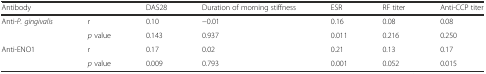
<table><thead><tr><td><b>Antibody</b></td><td></td><td><b>DAS28</b></td><td><b>Duration of morning stiffness</b></td><td><b>ESR</b></td><td><b>RF titer</b></td><td><b>Anti-CCP titer</b></td></tr></thead><tbody><tr><td rowspan="2">Anti-<i>P. gingivalis</i></td><td>r</td><td>0.10</td><td>−0.01</td><td>0.16</td><td>0.08</td><td>0.08</td></tr><tr><td><i>p</i> value</td><td>0.143</td><td>0.937</td><td>0.011</td><td>0.216</td><td>0.250</td></tr><tr><td rowspan="2">Anti-ENO1</td><td>r</td><td>0.17</td><td>0.02</td><td>0.21</td><td>0.13</td><td>0.17</td></tr><tr><td><i>p</i> value</td><td>0.009</td><td>0.793</td><td>0.001</td><td>0.052</td><td>0.015</td></tr></tbody></table>